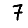
Digit: 7